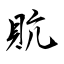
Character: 貥